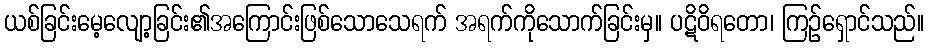
ယစ်ခြင်းမေ့လျော့ခြင်း၏အကြောင်းဖြစ်သောသေရက် အရက်ကိုသောက်ခြင်းမှ။ ပဋိဝိရတော၊ ကြဉ်ရှောင်သည်။